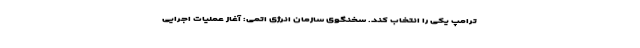
ترامپ یکی را انتخاب کند. سخنگوی سازمان انرژی اتمی: آغاز عملیات اجرایی